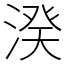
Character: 湀